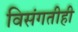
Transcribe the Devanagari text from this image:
विसंगतीही